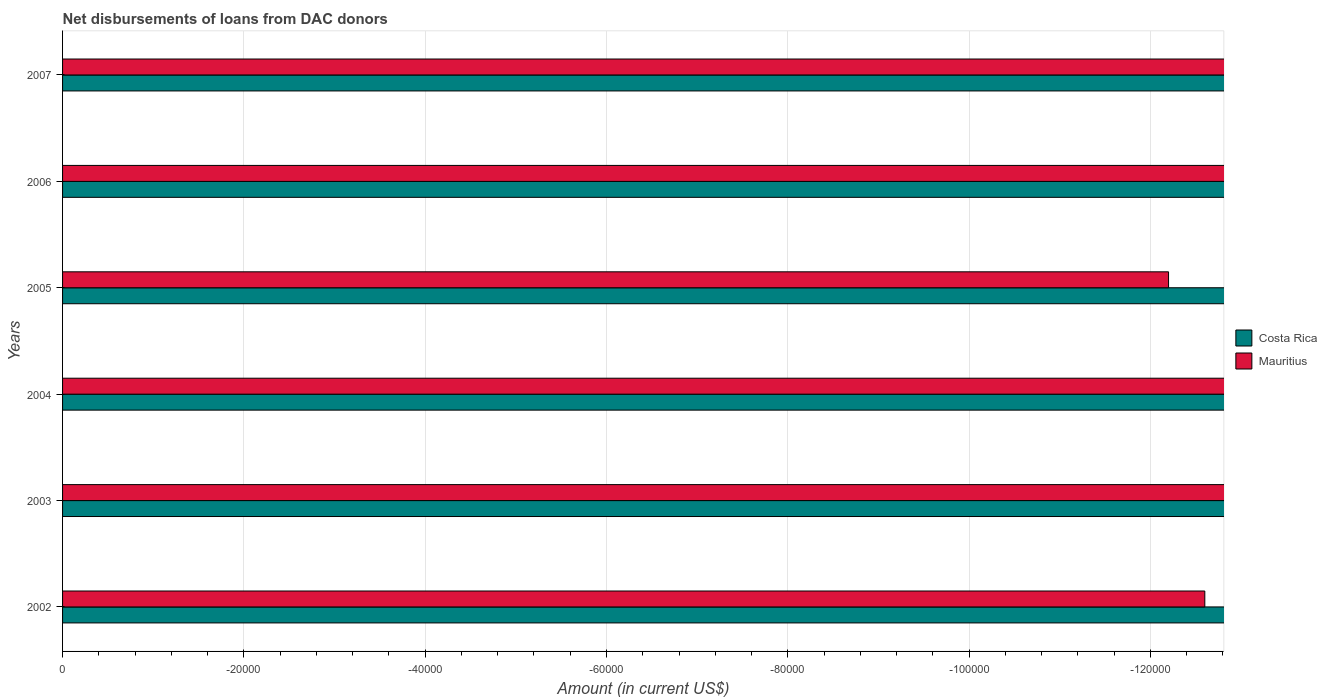
| Years | Costa Rica | Mauritius |
 | --- | --- | --- |
 | 2002 | -1.19e+07 | -1.26e+05 |
 | 2003 | -1.25e+07 | -1.29e+05 |
 | 2004 | -1.18e+07 | -1.3e+05 |
 | 2005 | -1.12e+07 | -1.22e+05 |
 | 2006 | -1.16e+07 | -1.34e+05 |
 | 2007 | -1.23e+07 | -1.41e+05 |